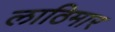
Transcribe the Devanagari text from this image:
लाठिमार